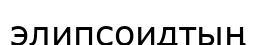
элипсоидтың